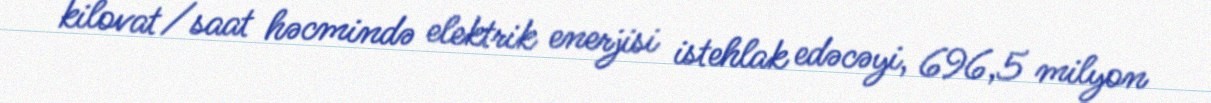
kilovat/saat həcmində elektrik enerjisi istehlak edəcəyi, 696,5 milyon